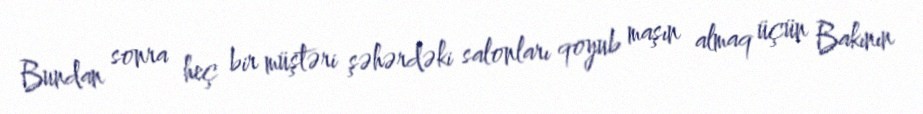
Bundan sonra heç bir müştəri şəhərdəki salonları qoyub maşın almaq üçün Bakının